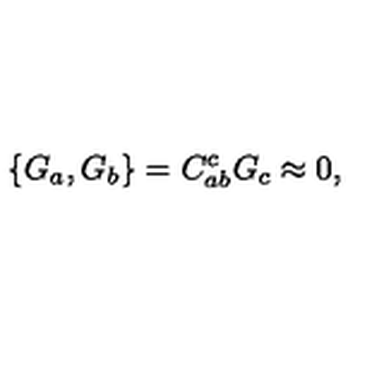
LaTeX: \{ G _ { a } , G _ { b } \} = C _ { a b } ^ { c } G _ { c } \approx 0 ,